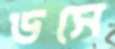
ডসে